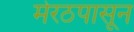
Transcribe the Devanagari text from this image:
मेरठपासून